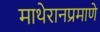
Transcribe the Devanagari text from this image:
माथेरानप्रमाणे